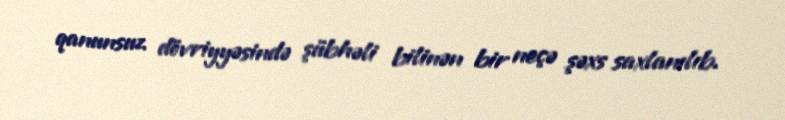
qanunsuz dövriyyəsində şübhəli bilinən bir neçə şəxs saxlanılıb.